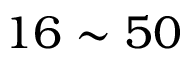
1 6 \sim 5 0